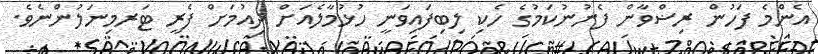
އެންމެ ފަހުން ރިޟްވާން ފެނުނުކަމުގެ ހެކި ލިބިފައިވަނީ ހުޅުމާލެއަށް ދިއުމަށް ފެރީ ޓަރމިނަލުންނެވެ.